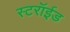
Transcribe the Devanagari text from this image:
स्टरॉईड